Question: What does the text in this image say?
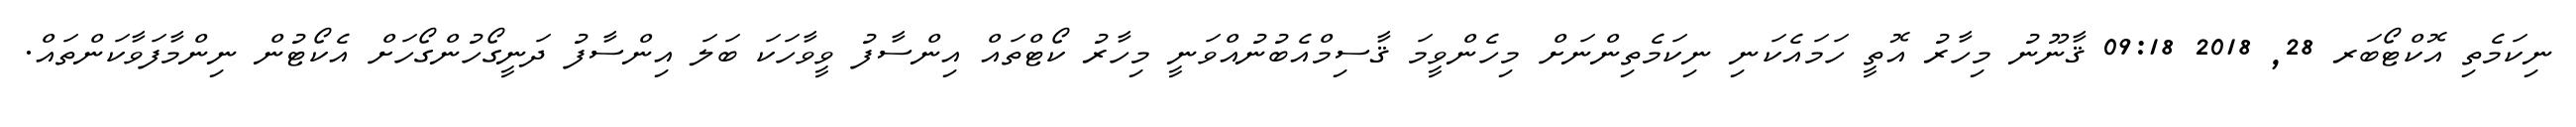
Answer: ނިކަމެތި އޮކްޓޯބަރ 28, 2018 09:18 ޤާނޫނު މިހާރު އޮތީ ހަމައެކަނި ނިކަމެތިންނަށް މިހެންވީމަ ޤާސިމްއެބުނުއްވަނީ މިހާރު ކޯޓްތައް އިންސާފު ވީވާހަކަ ބަލަ އިންސާފު ދަނީގޯހުންގޯހަށް އެކޯޓުން ނިންމާފަވާކަންތައް.